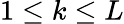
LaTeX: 1\leq k\leq L